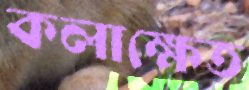
কলাক্ষেত